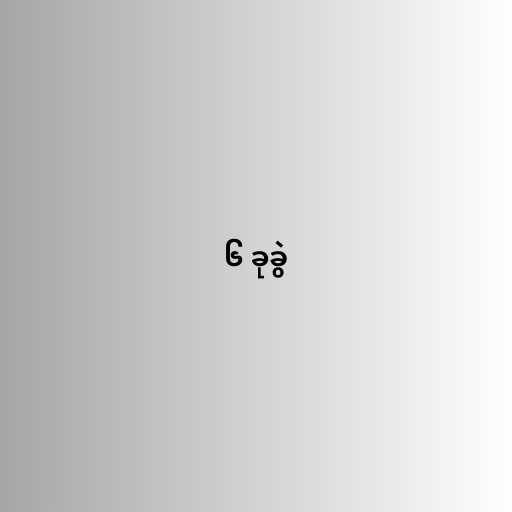
၆ ခုခွဲ